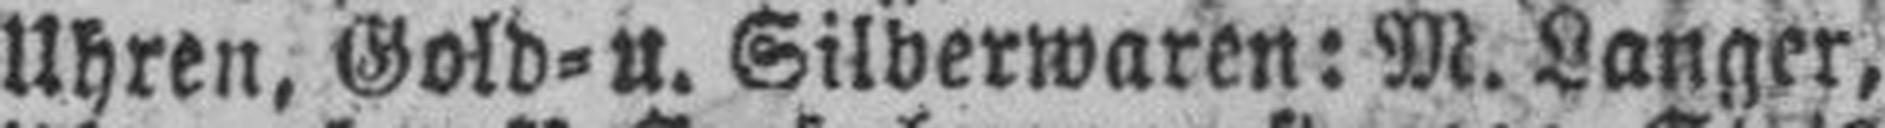
Uhren, Gold= u. Silberwaren: M. Langer,